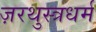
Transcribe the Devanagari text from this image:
ज़रथुस्त्रधर्म